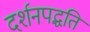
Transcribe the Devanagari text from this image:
दर्शनपद्धति